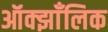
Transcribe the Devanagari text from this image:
ऑक्झाँलिक